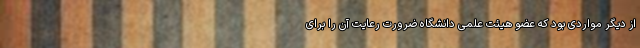
از دیگر مواردی بود که عضو هیئت علمی دانشگاه ضرورت رعایت آن را برای